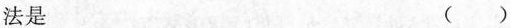
法是 ( )